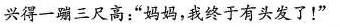
兴得一蹦三尺高：“妈妈，我终于有头发了！”